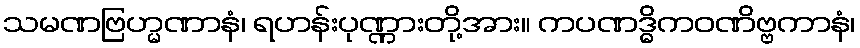
သမဏဗြဟ္မဏာနံ၊ ရဟန်းပုဏ္ဏားတို့အား။ ကပဏဒ္ဓိကဝဏိဗ္ဗကာနံ၊